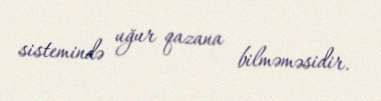
sistemində uğur qazana bilməməsidir.